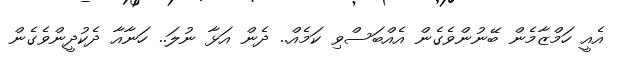
އެއީ ހަމްޒާމެން ބޭނުންވެގެން އެއްބަސްވި ކަމެއް.. ދެން އަޅާ ނުލަ.. ހަނާއާ ދެކުދީންވެގެން